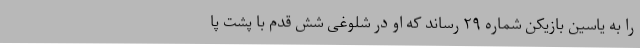
را به یاسین بازیکن شماره ۲۹ رساند که او در شلوغی شش قدم با پشت پا